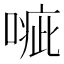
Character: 𠹂